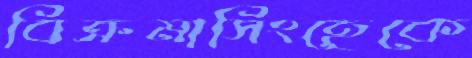
বিক্রমাসিংহেকে